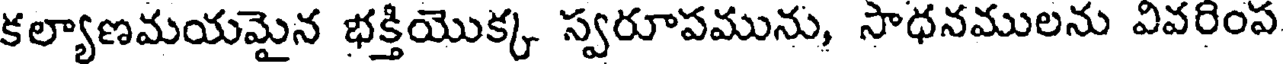
కల్యాణమయమైన భక్తియొక్క స్వరూపమును, సాధనములను వివరింప